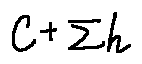
c + \sum h